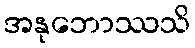
အနုဘောဿသိ